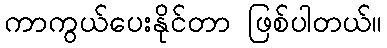
ကာကွယ်ပေးနိုင်တာ ဖြစ်ပါတယ်။